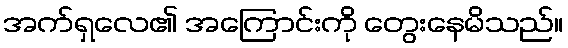
အက်ရှလေ၏ အကြောင်းကို တွေးနေမိသည်။